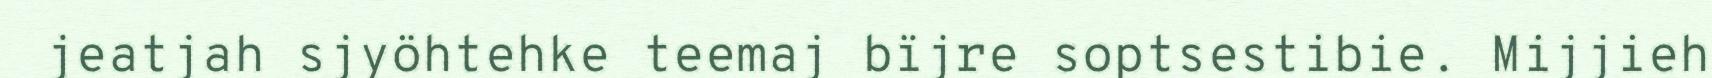
jeatjah sjyöhtehke teemaj bïjre soptsestibie. Mijjieh